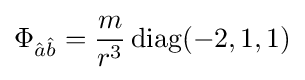
\Phi _{{\hat {a}}{\hat {b}}}={\frac {m}{r^{3}}}\operatorname {diag} (-2,1,1)